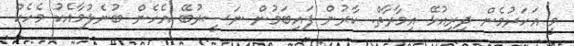
މީ އަހަރުމެން ދިރިއުޅޭ އިމާރާތް. ކާރުން ފައިބަމުން ނަސީރުބޭ އެހެން ބުނެލުމާއެކު މެހެކް